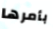
بأمرها